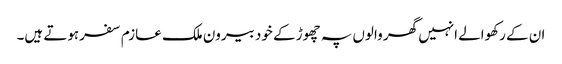
ان کے رکھوالے انہیں گھر والوں پہ چھوڑ کے خود بیرون ملک عازم سفرہوتے ہیں۔